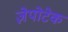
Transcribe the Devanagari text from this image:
ज़ेपोटेक